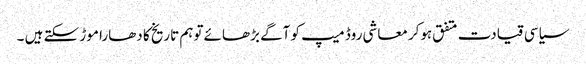
سیاسی قیادت متفق ہوکر معاشی روڈ میپ کو آگے بڑھائے توہم تاریخ کا دھارا موڑ سکتے ہیں ۔